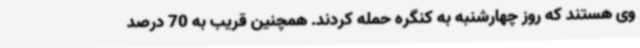
وی هستند که روز چهارشنبه به کنگره حمله کردند. همچنین قریب به 70 درصد